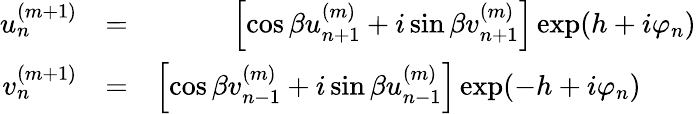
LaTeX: \begin{array}{rlr}{u_{n}^{(m+1)}}&{=}&{\left[\cos\beta u_{n+1}^{(m)}+i\sin\beta v_{n+1}^{(m)}\right]\exp(h+i\varphi_{n})}\\ {v_{n}^{(m+1)}}&{=}&{\left[\cos\beta v_{n-1}^{(m)}+i\sin\beta u_{n-1}^{(m)}\right]\exp(-h+i\varphi_{n})\; \; \; \; \; \; \; }\end{array}